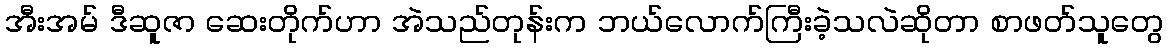
အီးအမ် ဒီဆူဇာ ဆေးတိုက်ဟာ အဲသည်တုန်းက ဘယ်လောက်ကြီးခဲ့သလဲဆိုတာ စာဖတ်သူတွေ